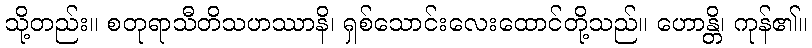
သို့တည်း။ စတုရာသီတိသဟဿာနိ၊ ရှစ်သောင်းလေးထောင်တို့သည်။ ဟောန္တိ၊ ကုန်၏။